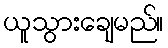
ယူသွားချေမည်။